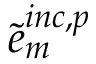
\tilde { e } _ { m } ^ { i n c , p }